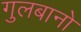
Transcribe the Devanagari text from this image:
गुलबानो